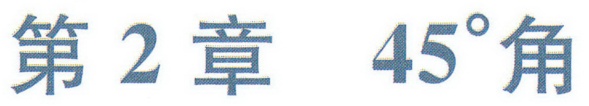
第2章 \(45^{\circ}\)角